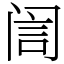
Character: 訚